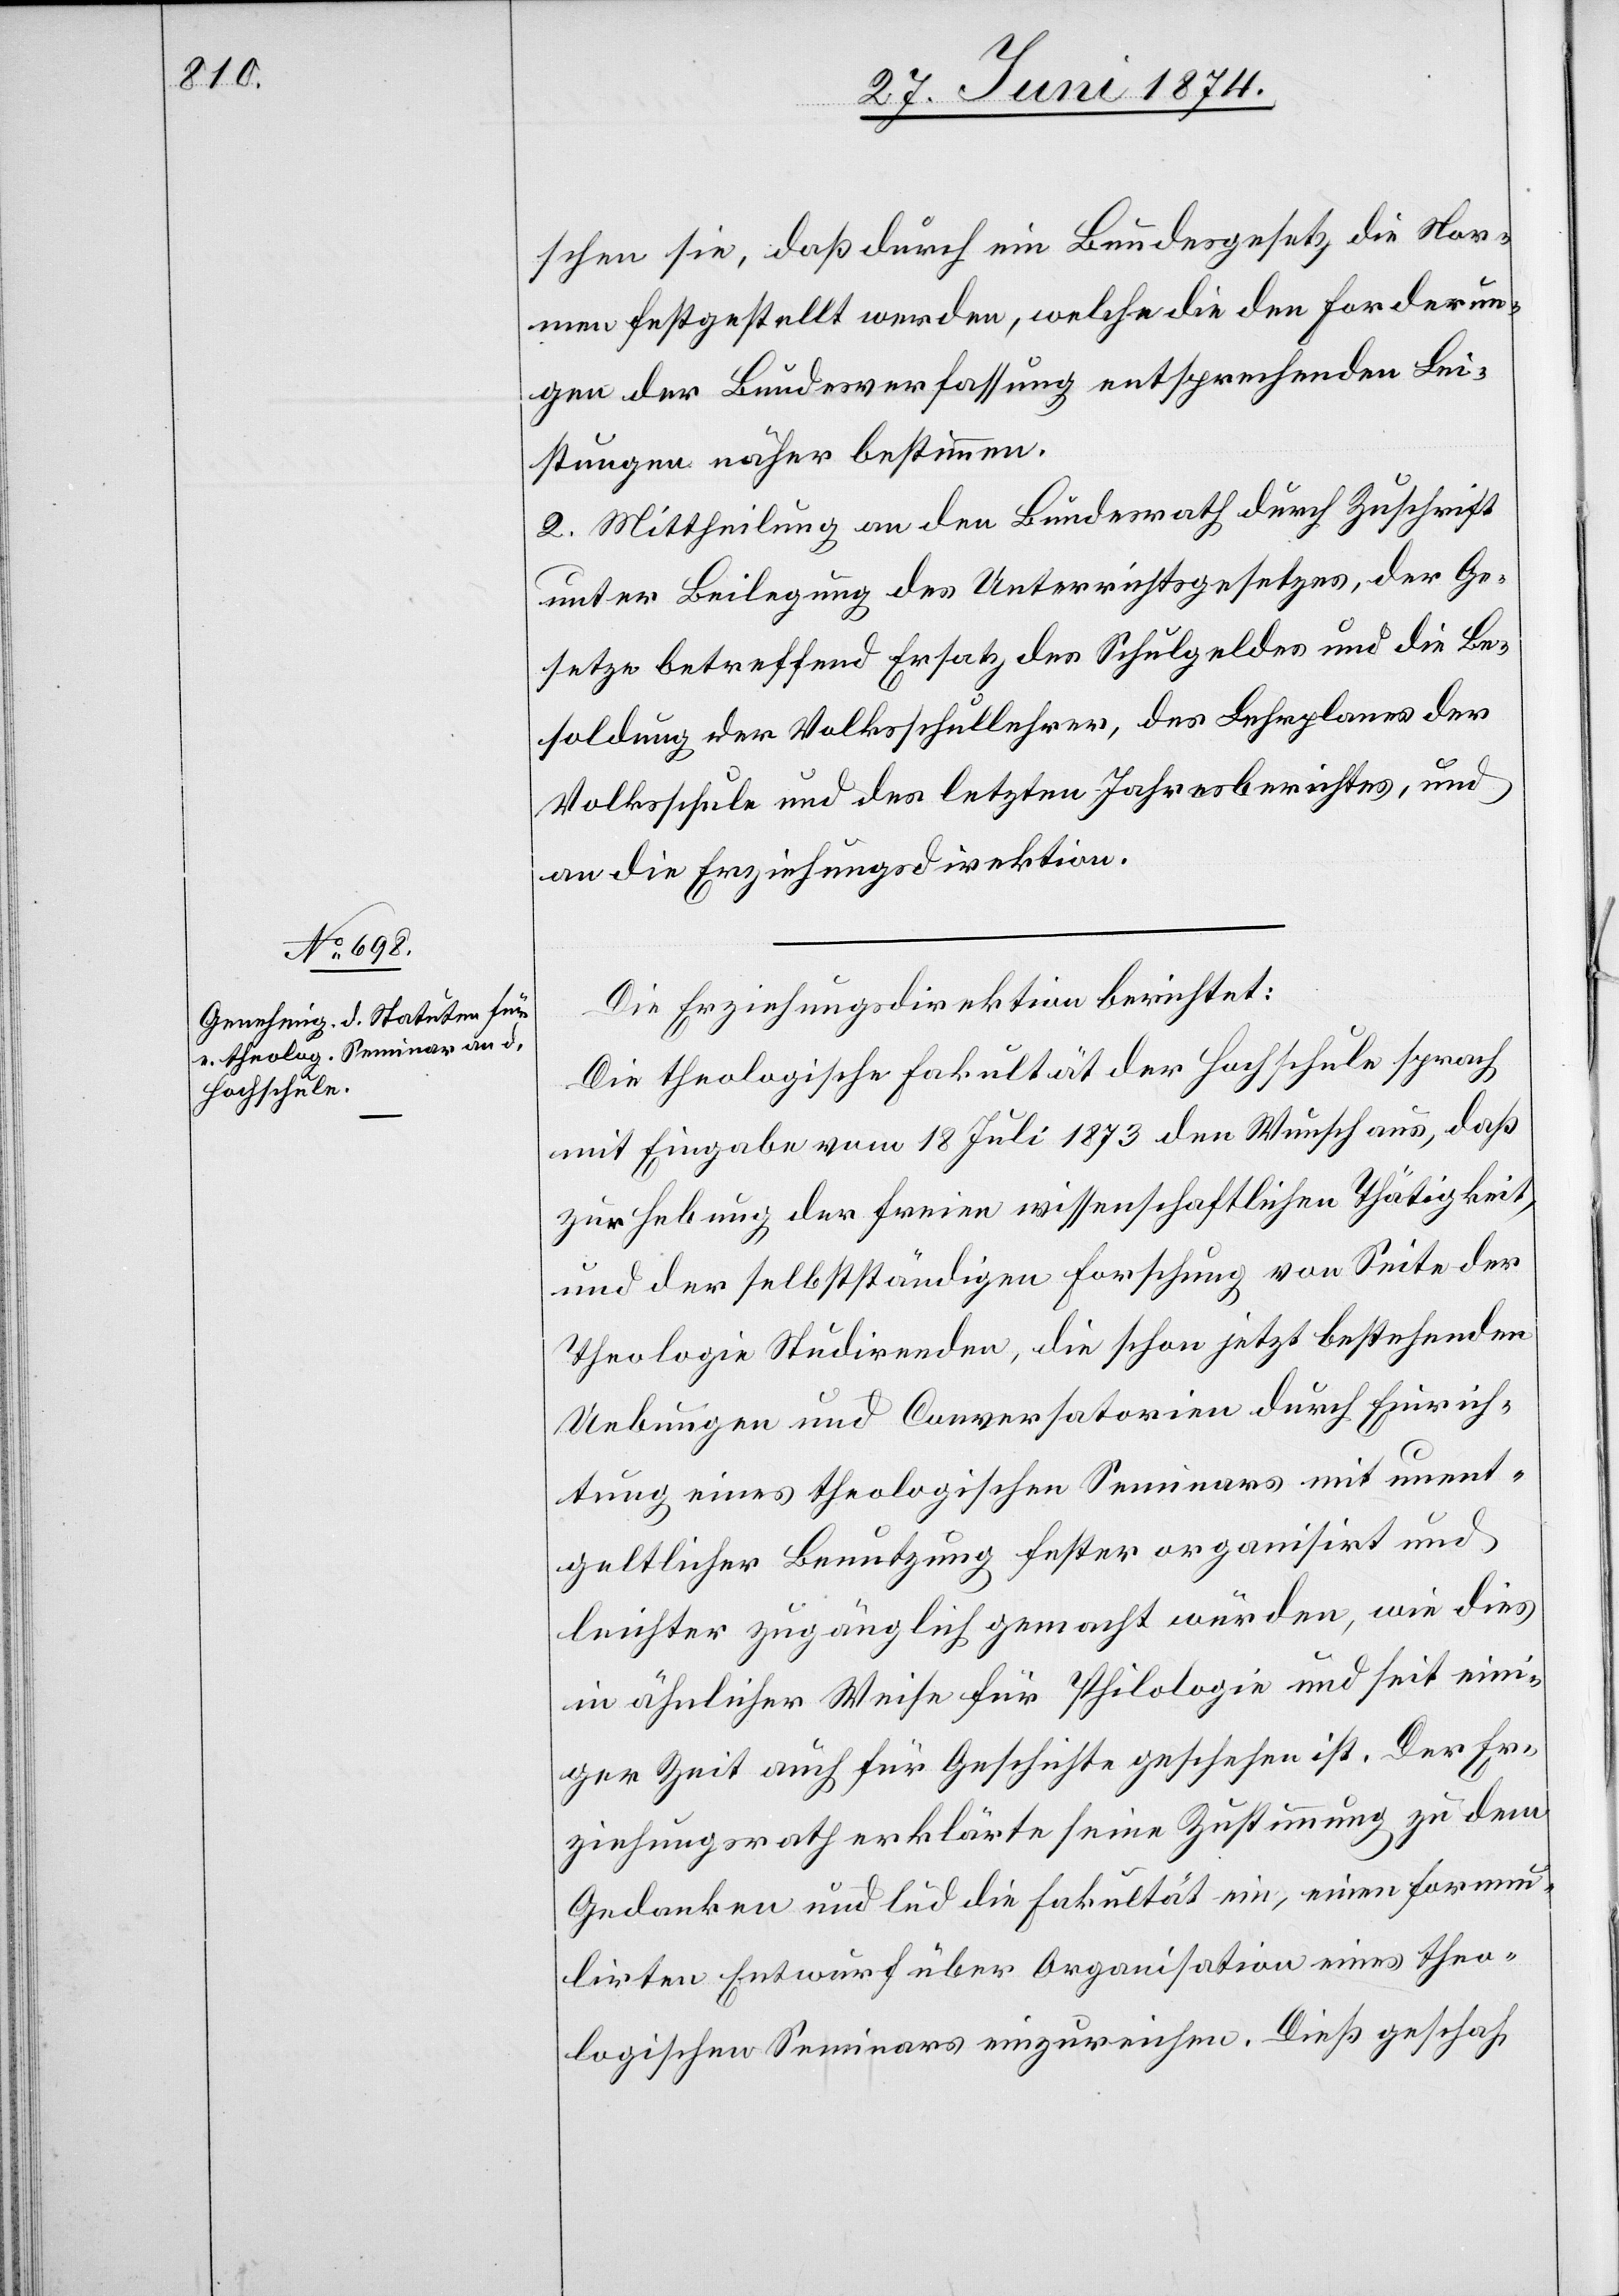
schen sie, daß durch ein Bundesgesetz die Nor¬
men festgestellt werden, welche die den Forderun¬
gen der Bundesverfassung entsprechenden Lei¬
stungen näher bestimmen.
2. Mittheilung an den Bundesrath durch Zuschrift
unter Beilegung des Unterrichtsgesetzes, der Ge¬
setze betreffend Ersatz des Schulgeldes und die Be¬
soldung der Volksschullehrer, des Lehrplanes der
Volksschule und des letzten Jahresberichtes, und
an die Erziehungsdirektion.
Die Erziehungsdirektion berichtet:
Die theologische Fakultät der Hochschule sprach
mit Eingabe vom 18. Juli 1873 den Wunsch aus, daß
zur Hebung der freien wissenschaftlichen Thätigkeit,
und der selbstständigen Forschung von Seite der
Theologie Studirenden, die schon jetzt bestehenden
Uebungen und Conversatorien durch Einrich¬
tung eines theologischen Seminars mit unent¬
geltlicher Benutzung fester organisirt und
leichter zugänglich gemacht würden, wie dies
in ähnlicher Weise für Philologie und seit eini¬
ger Zeit auch für Geschichte geschehen ist. Der Er¬
ziehungsrath erklärte seine Zustimmung zu dem
Gedanken und lud die Fakultät ein, einen formu¬
lirten Entwurf über Organisation eines theo¬
logischen Seminars einzureichen. Dieß geschah